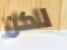
لكن